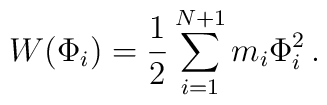
W(\Phi_{i}) = {1\over 2} \sum_{i=1}^{N+1} m_{i}\Phi_{i}^{2}\, .